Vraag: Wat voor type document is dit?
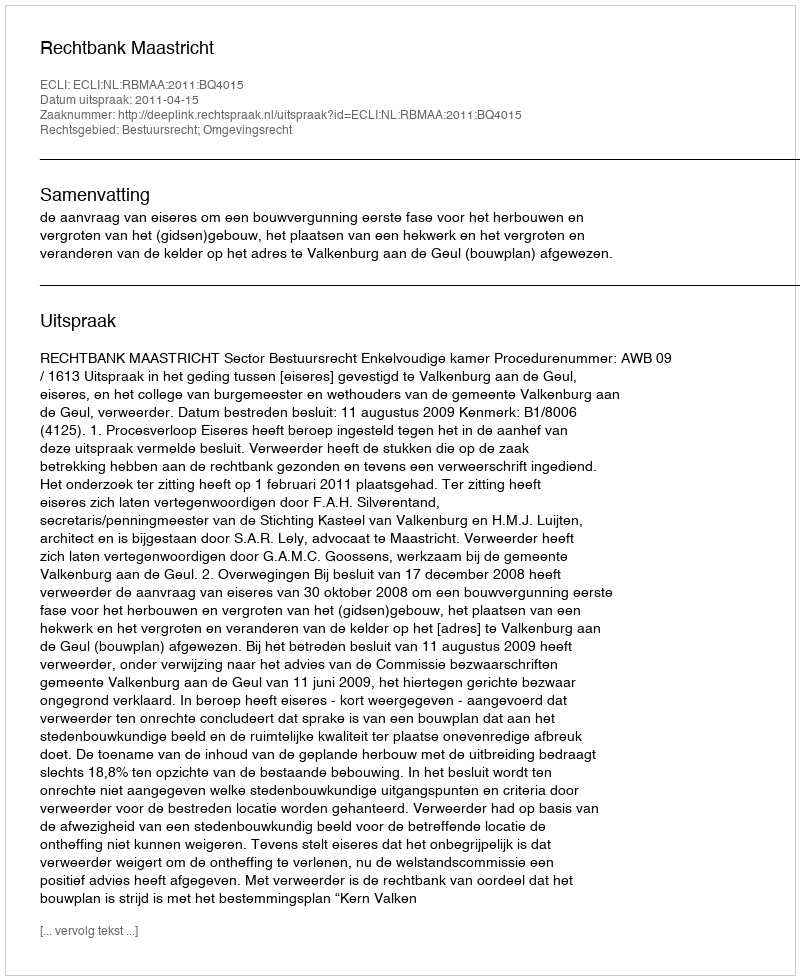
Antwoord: Uitspraak